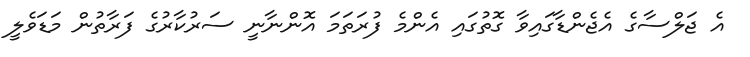
އެ ޖަލްސާގެ އެޖެންޑާގައިވާ ގޮތުގައި އެންމެ ފުރަތަމަ އޮންނާނީ ސަރުކާރުގެ ފަރާތުން މަޑަވެލީ